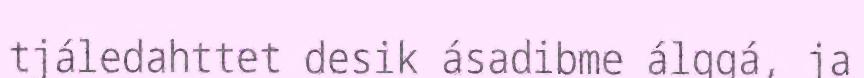
tjáledahttet desik ásadibme álggá, ja